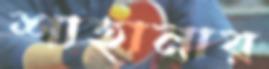
শাহানার